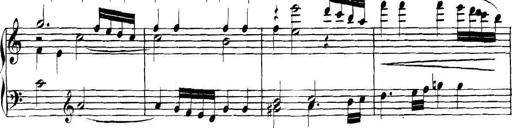
Title: Collected Piano Sonatas
Composer: Muzio Clementi